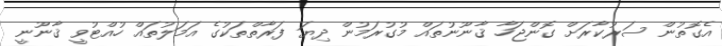
އެގޮތުން ސަރުކާރަށް ގޮންޖަހާ ޤާނޫނުތައް މުގުރަމުން ދިޔަ ފަރާތްތަކުގެ އަމަލުތައް ހުއްޓުވީ ޤާނޫނީ